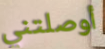
أوصلتني